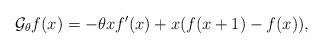
LaTeX: \begin{align*}{\mathcal G}_{\theta}f(x)=-\theta x f'(x)+x(f(x+1)-f(x)), \end{align*}